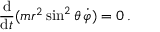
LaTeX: { \frac { \mathrm { d } } { \mathrm { d } t } } ( m r ^ { 2 } \sin ^ { 2 } \theta \, { \dot { \varphi } } ) = 0 \, .